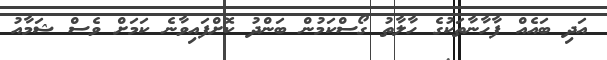
އަދި ބައެއް ފާހާނާތަކުގެ ހާލާތު ގޯސްކަމުން ބަންދު ކޮށްފައިވާނެ ކަމަށް ވެސް ޝަމާއު